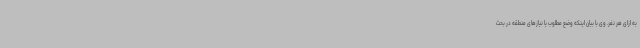
به ازای هر نفر. وی با بیان اینکه وضع مطلوب یا نیازهای منطقه در بحث